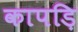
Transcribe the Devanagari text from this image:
कापड़ि